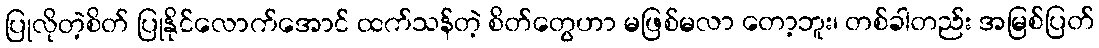
ပြုလိုတဲ့စိတ် ပြုနိုင်လောက်အောင် ထက်သန်တဲ့ စိတ်တွေဟာ မဖြစ်မလာ တော့ဘူး၊ တစ်ခါတည်း အမြစ်ပြတ်